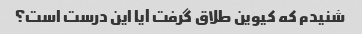
شنیدم که کیوین طلاق گرفت آیا این درست است؟